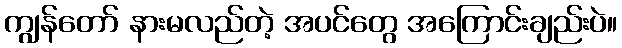
ကျွန်တော် နားမလည်တဲ့ အပင်တွေ အကြောင်းချည်းပဲ။